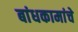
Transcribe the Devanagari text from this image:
बांधकामांचे